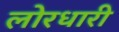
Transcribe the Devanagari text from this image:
लोरधारी